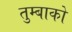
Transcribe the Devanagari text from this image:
तुम्बाको